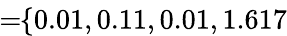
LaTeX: \! \! \! \! \! \! \! \! \! \overline{{\lambda}}_{\mathrm{{res}}}\! \! =\! \! \{ 0.01,0.11,0.01,1.617\} \! \! \!